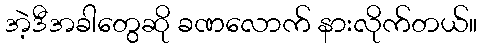
အဲ့ဒီအခါတွေဆို ခဏလောက် နားလိုက်တယ်။